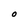
Character: O